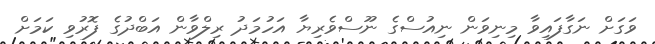
ވަގަށް ނަގާފައިވާ މިނިވަން ނިއުސްގެ ނޫސްވެރިޔާ އަހުމަދު ރިލްވާން އަބްދުގެ ފޮރުވި ކަމަށް